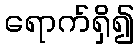
ရောက်ရှိ၍